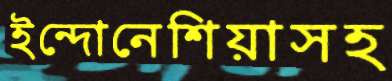
ইন্দোনেশিয়াসহ